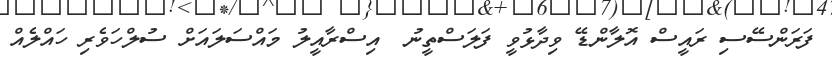
ފަރަންސޭސި ރައީސް އޮލާންޑޭ ވިދާޅުވީ ފަލަސްތީނު  އިސްރާއީލު މައްސަލައަށް ސުލްހަވެރި ހައްލެއް